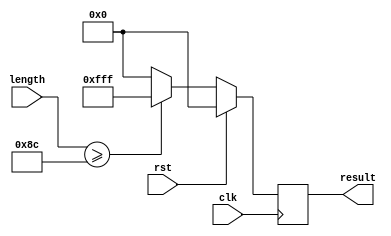
module threshold_detect(
input clk,
input rst,
input [12:0] length,
output reg [11:0] result);
	
	parameter threshold = 140;
	
	always @ (posedge clk)
	begin
		if(rst)
			result <= 0;
		else
			result <= (length >= threshold ? {12{1'b1}} : 0);
	end

endmodule